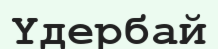
Үдербай